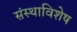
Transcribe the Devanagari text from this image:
संस्थाविशेष